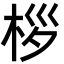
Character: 桚